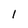
Character: l